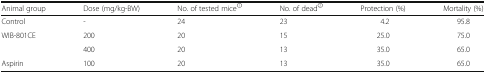
<table><thead><tr><td><b>Animal group</b></td><td><b>Dose (mg/kg-BW)</b></td><td><b>No. of tested mice<sup>1</sup></b></td><td><b>No. of dead<sup>2</sup></b></td><td><b>Protection (%)</b></td><td><b>Mortality (%)</b></td></tr></thead><tbody><tr><td>Control</td><td>-</td><td>24</td><td>23</td><td>4.2</td><td>95.8</td></tr><tr><td>WIB-801CE</td><td>200</td><td>20</td><td>15</td><td>25.0</td><td>75.0</td></tr><tr><td></td><td>400</td><td>20</td><td>13</td><td>35.0</td><td>65.0</td></tr><tr><td>Aspirin</td><td>100</td><td>20</td><td>13</td><td>35.0</td><td>65.0</td></tr></tbody></table>